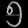
Digit: ၅